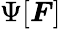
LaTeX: \Psi[\boldsymbol{F}]